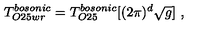
T _ { O 2 5 w r } ^ { b o s o n i c } = T _ { O 2 5 } ^ { b o s o n i c } [ ( 2 \pi ) ^ { d } \sqrt { g } ] \ ,